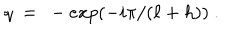
q ~ = ~ - e x p ( - i \pi / ( \ell + h ) ) \ .